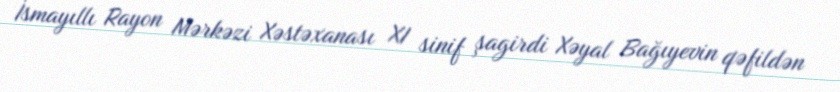
İsmayıllı Rayon Mərkəzi Xəstəxanası XI sinif şagirdi Xəyal Bağıyevin qəfildən